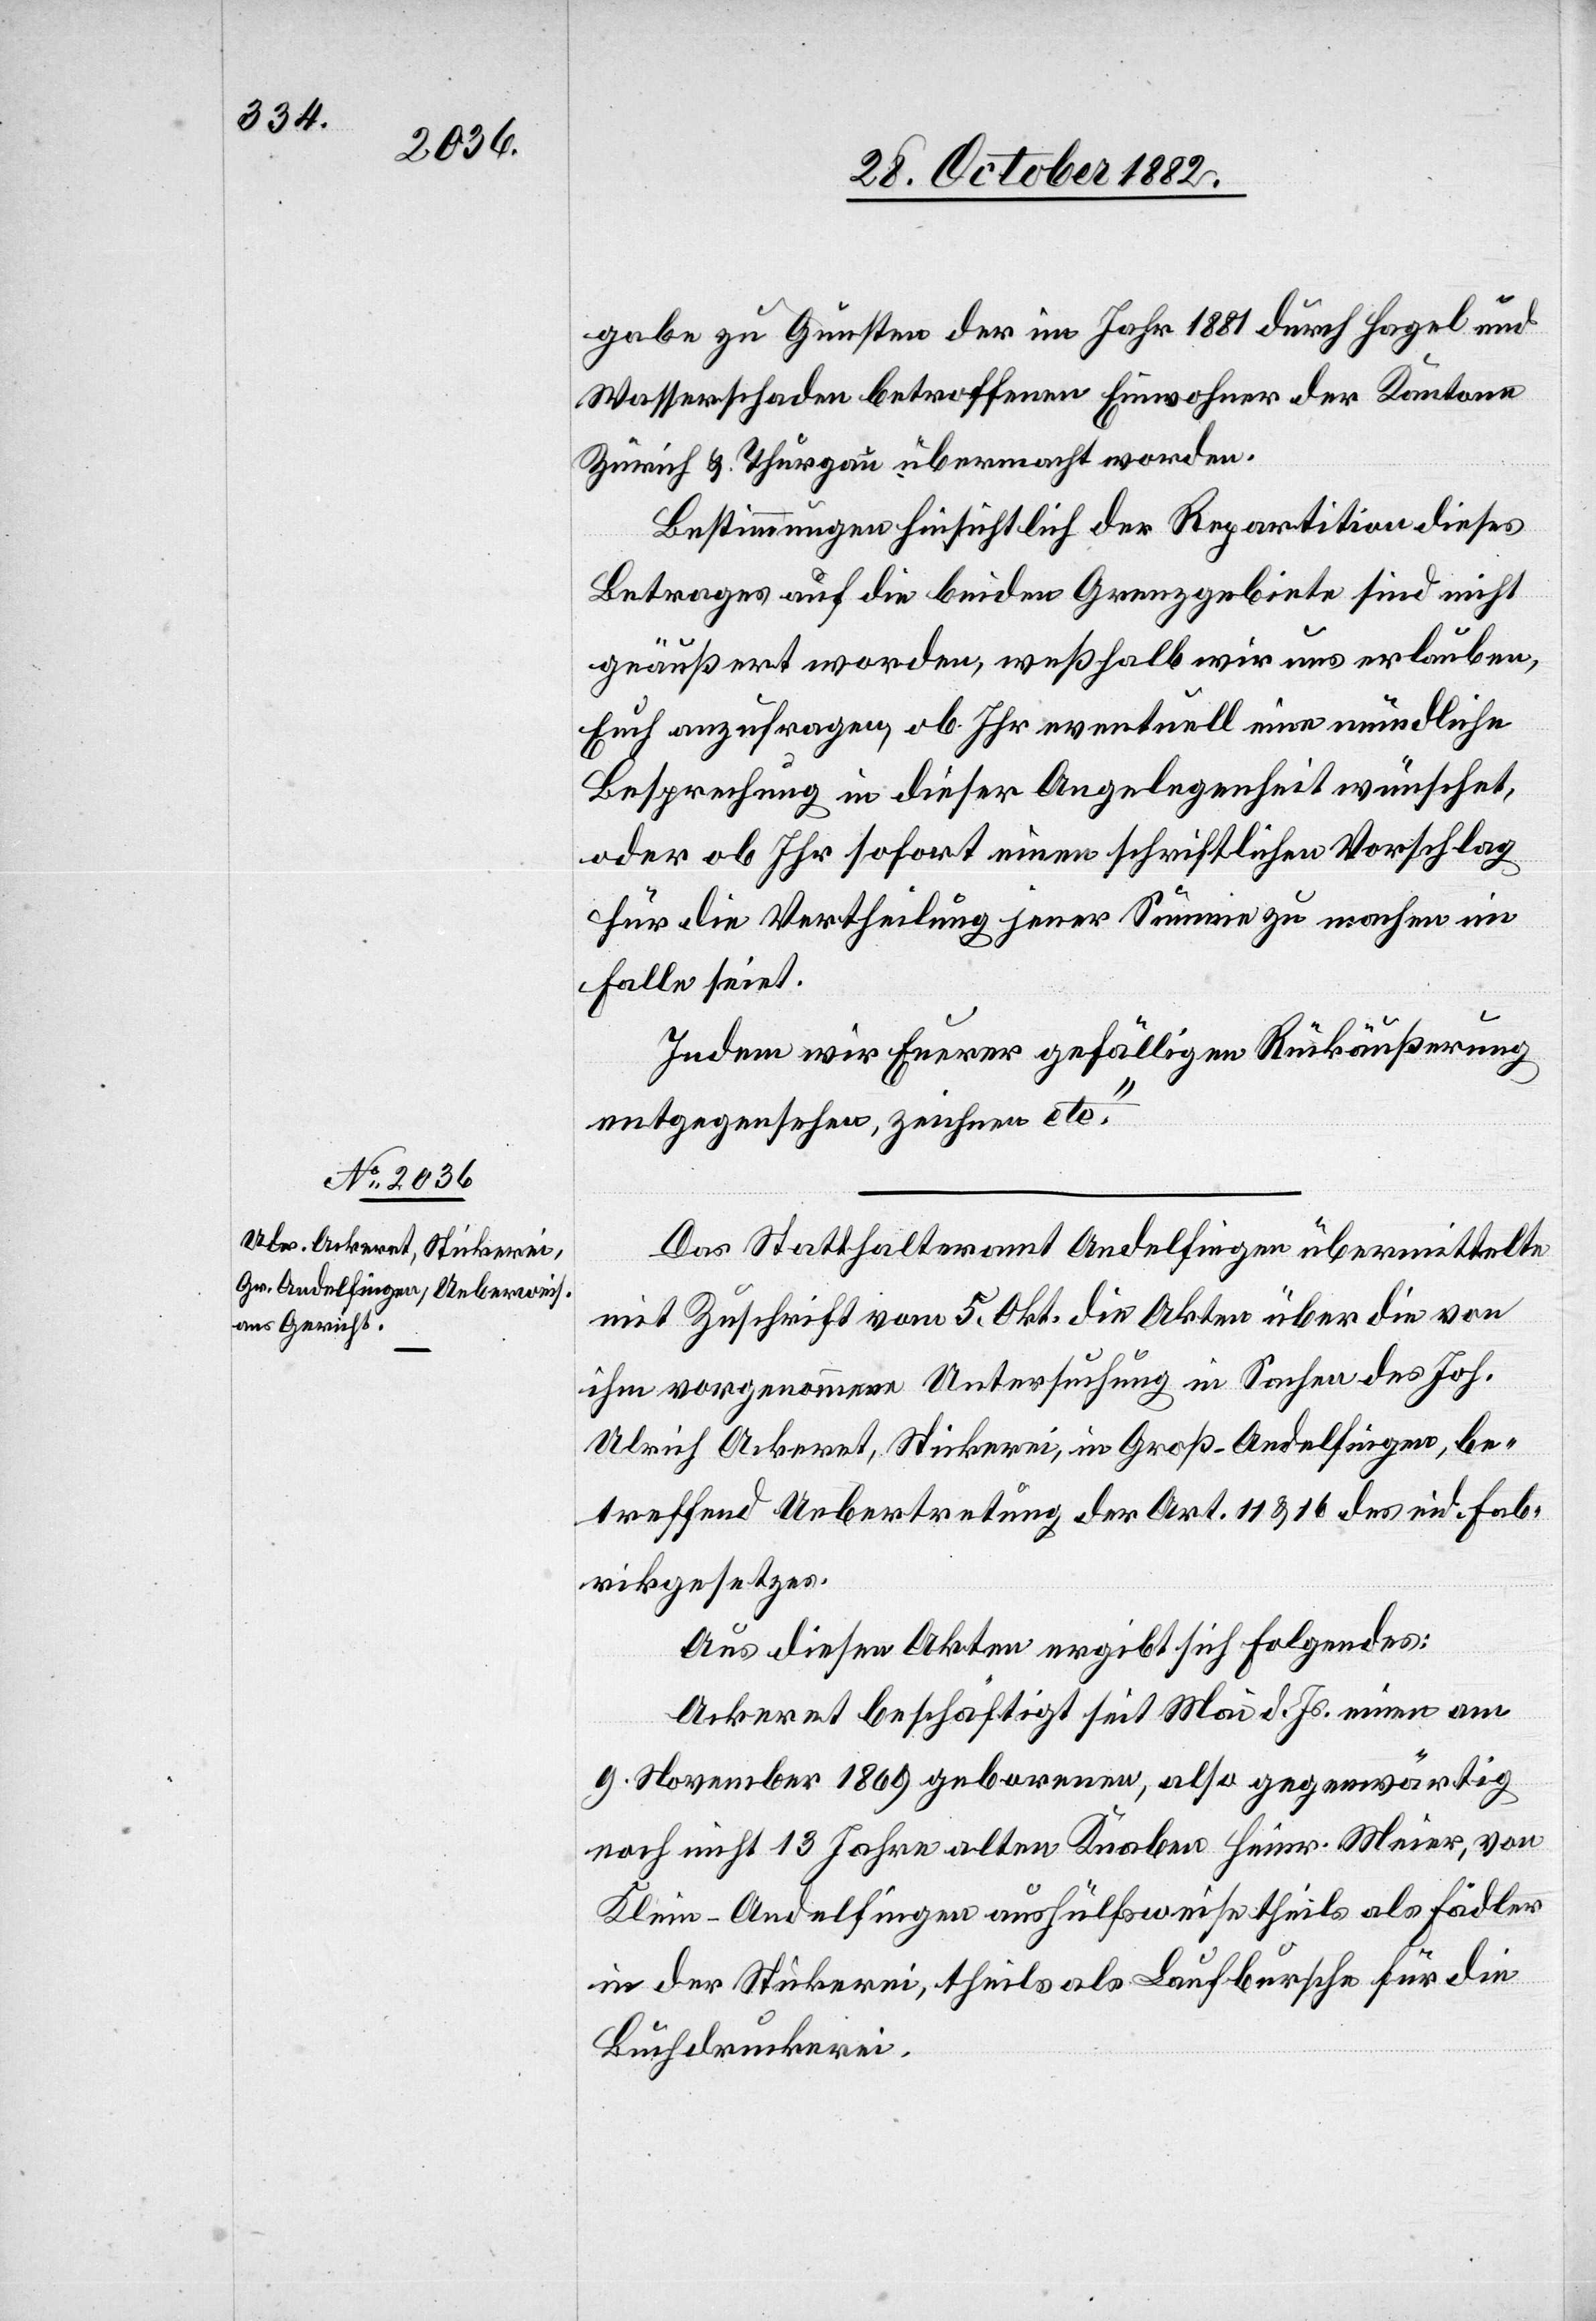
gabe zu Gunsten der im Jahr 1881 durch Hagel und
Wasserschaden betroffenen Einwohner der Kantone
Zürich & Thurgau übermacht worden.
Bestimmungen hinsichtlich der Repartition dieses
Betrages auf die beiden Grenzgebiete sind nicht
geäußert worden, weßhalb wir uns erlauben,
Euch anzufragen, ob Ihr eventuell eine mündliche
Besprechung in dieser Angelegenheit wünschet,
oder ob Ihr sofort einen schriftlichen Vorschlag
für die Vertheilung jener Summe zu machen im
Falle seiet.
Indem wir Euerer gefälligen Rückäußerung
entgegensehen, zeichnen etc.“
Das Statthalteramt Andelfingen übermittelte
mit Zuschrift vom 5. Okt. die Akten über die von
ihm vorgenommene Untersuchung in Sachen des Joh.
Ulrich Ackeret, Stickerei, in Groß-Andelfingen, be¬
treffend Uebertretung der Art. 11 & 16 des eid. Fab¬
rikgesetzes.
Aus diesen Akten ergibt sich Folgendes:
Ackeret beschäftigt seit Mai d. Js. einen am
9. November 1869 geborenen, also gegenwärtig
noch nicht 13 Jahre alten Knaben Heinr. Meier, von
Klein-Andelfingen aushülfsweise theils als Fädler
in der Stickerei, theils als Laufbursche für die
Buchdruckerei.